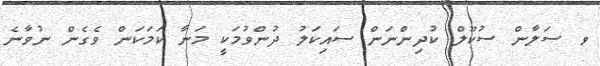
ވ ސަލާން ސުކޫލް ކުދިންނަން ސައިކަލު ދުންވުމަކީ މަނާ ކަމަކަން ވެގެން ނުވާނެ